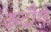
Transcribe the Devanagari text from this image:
ऊदौग